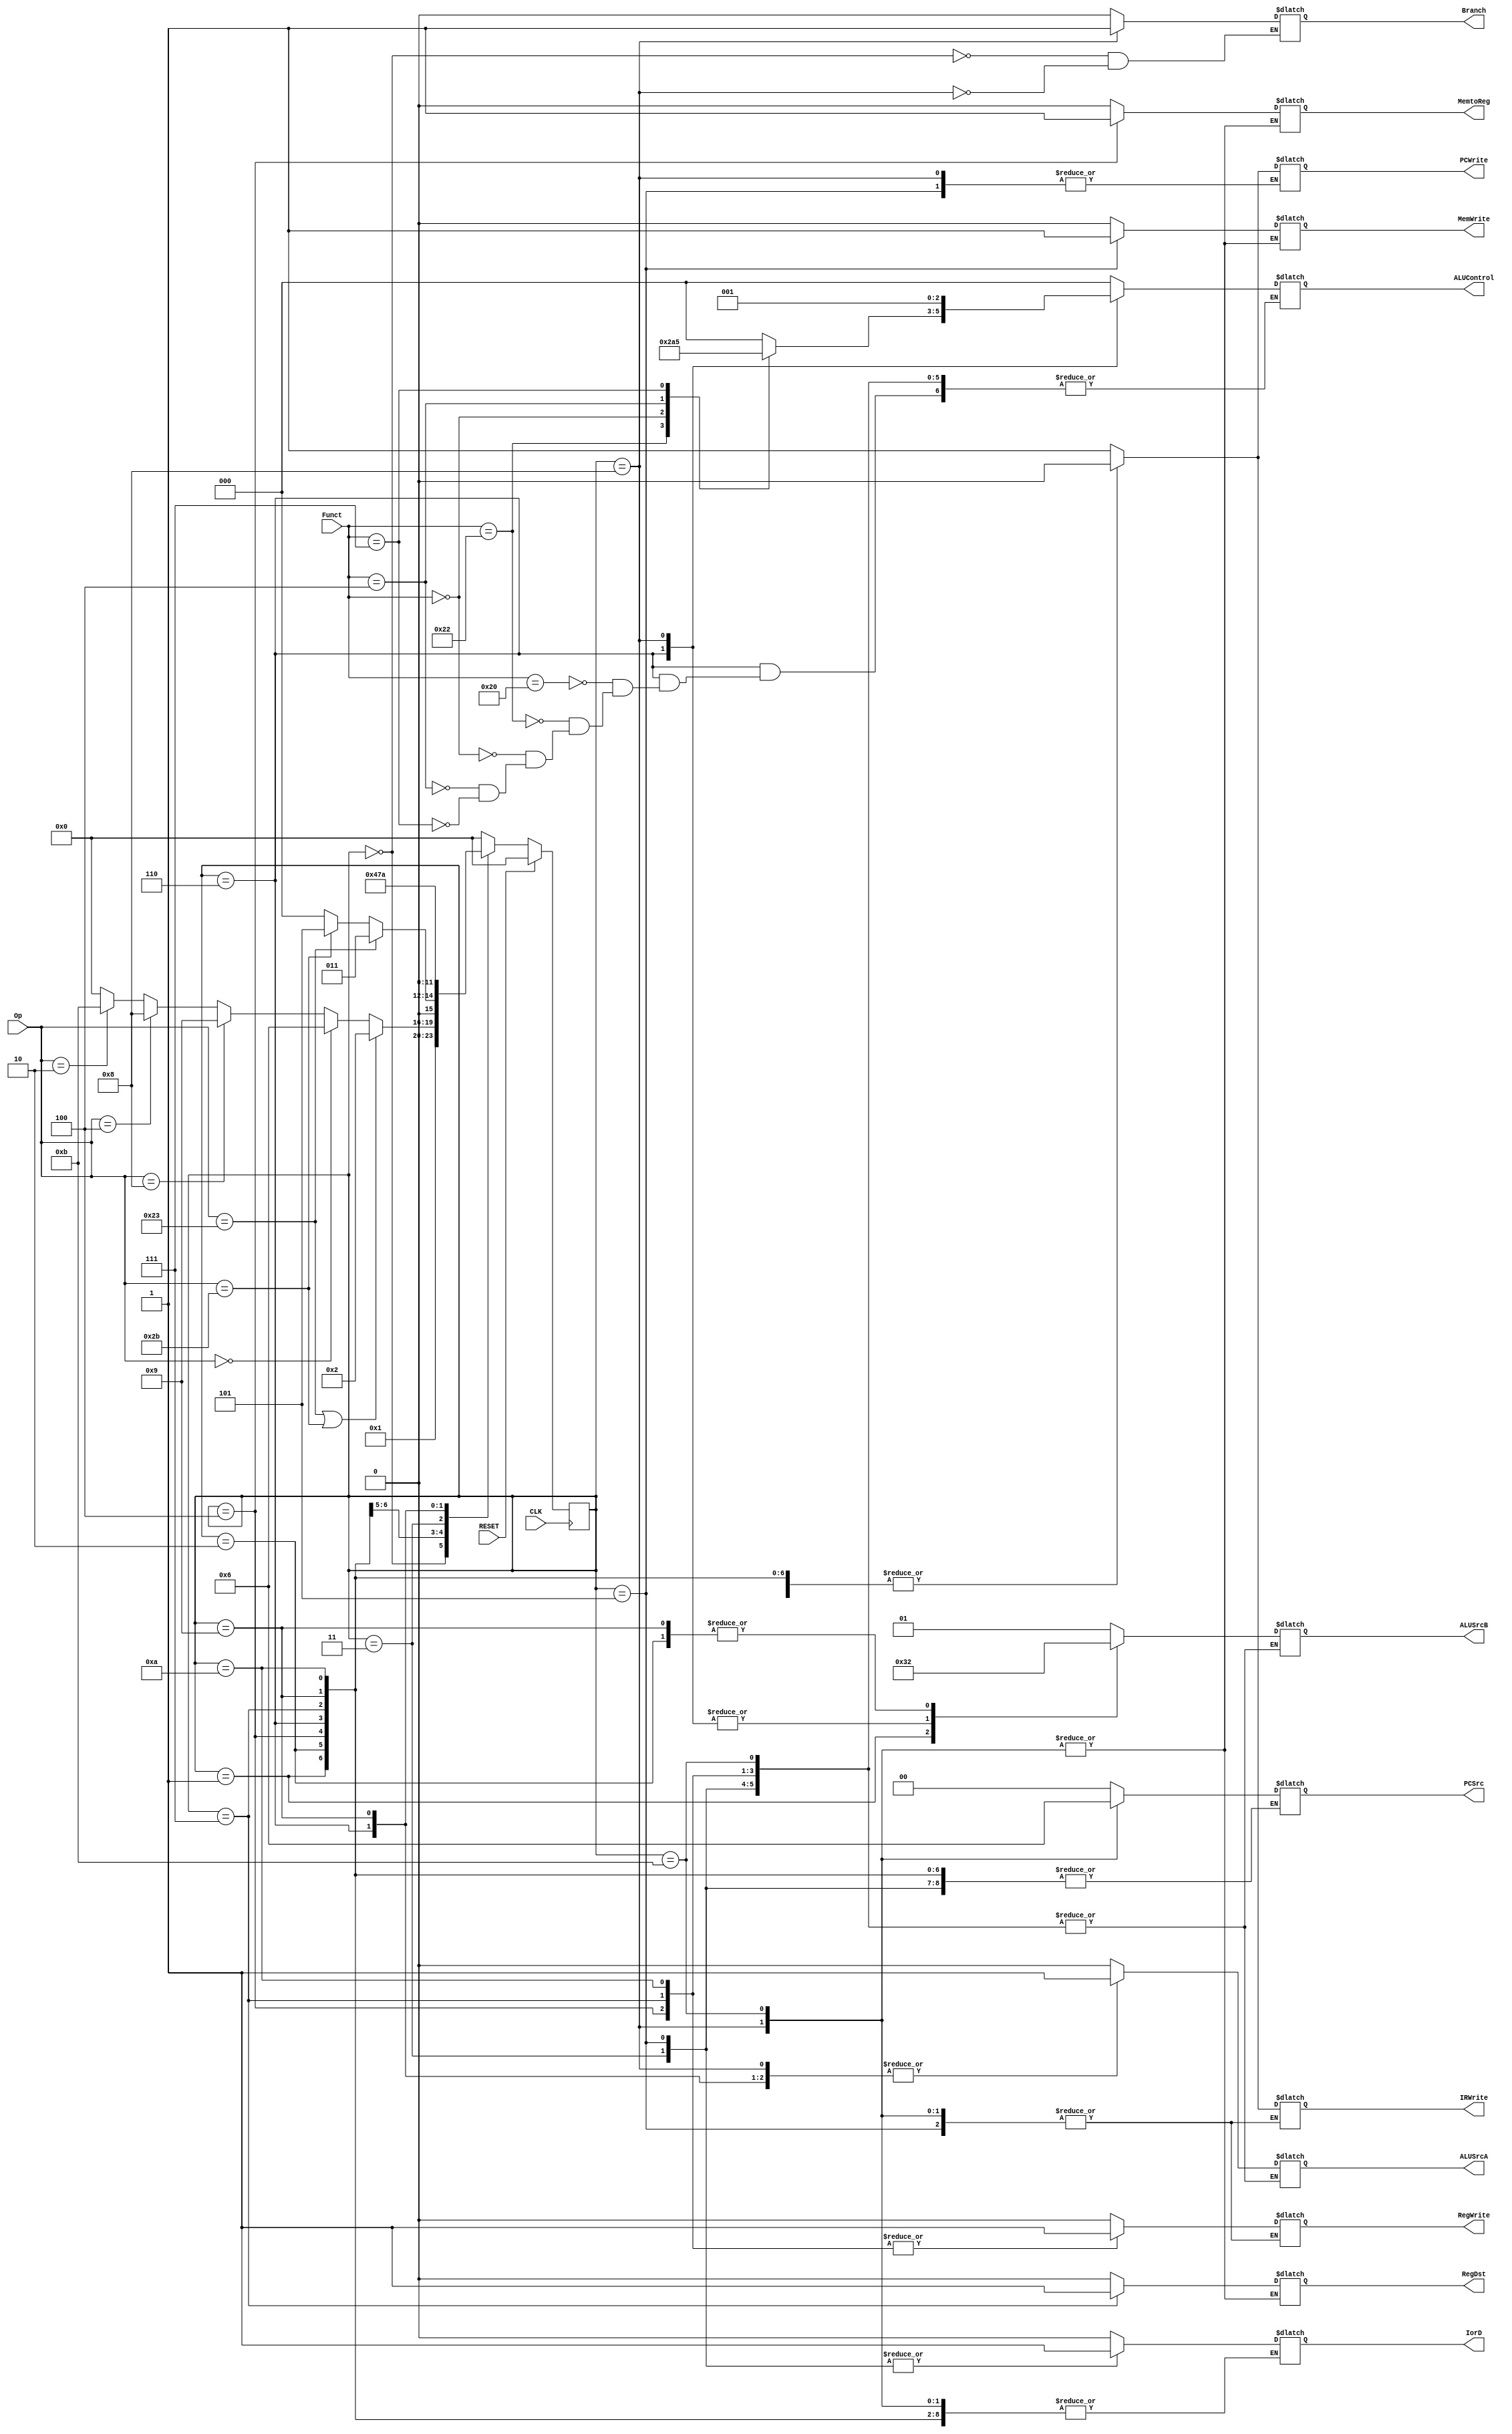
module control_unit
(
    input CLK, RESET,
    input [5 : 0] Op,
    input [5 : 0] Funct,
    output reg MemtoReg,
    output reg RegDst,
    output reg IorD,
    output reg [1 : 0] PCSrc,
    output reg [1 : 0] ALUSrcB,
    output reg ALUSrcA,
    output reg IRWrite,
    output reg MemWrite,
    output reg PCWrite,
    output reg Branch,
    output reg RegWrite,
    output reg [2 : 0] ALUControl
);
    localparam s0_fetch = 4'b0000, s1_decode = 4'b0001, s2_memadr = 4'b0010,
                 s3_memread = 4'b0011, s4_memwriteback = 4'b0100, s5_memwrite = 4'b0101,
                  s6_execute = 4'b0110,   s7_aluwriteback = 4'b0111, s8_branch = 4'b1000,
                    s9_addiexecute = 4'b1001, s10_addiwriteback = 4'b1010, s11_jump = 4'b1011;
    
    reg [3 : 0] current_state, next_state;
    
    initial current_state = s0_fetch;
    
//    state register with sync. reset
    always @ (posedge CLK)
    begin
        if(RESET) current_state <= s0_fetch;
        else current_state <= next_state;
    end
    
    
//    next state logic
//    use blocking assignments
    always @ (current_state or Op)
    begin
        case(current_state)
            s0_fetch:   // S0 fetch
            begin
                next_state = s1_decode;
            end
            s1_decode:  // s1 decode
            begin
                if(Op == 6'b100011 || Op == 6'b101011) next_state = s2_memadr;
                else if(Op == 6'b000000) next_state = s6_execute;
                else if(Op == 6'b001000) next_state = s9_addiexecute;
                else if(Op == 6'b000100) next_state = s8_branch;
                else if(Op == 6'b000010) next_state = s11_jump;
                else next_state = s0_fetch;
            end
            s2_memadr: // S2 
            begin
                if(Op == 6'b100011 ) next_state = s3_memread;
                else if(Op == 6'b101011 ) next_state = s5_memwrite;
                else next_state = s0_fetch;
            end
            s3_memread: // S3
            begin
                next_state = s4_memwriteback;
            end
            s4_memwriteback: // S4
            begin
                next_state = s0_fetch;
            end
            s5_memwrite: // S5
            begin
                next_state = s0_fetch;
            end
            s6_execute: // S6
            begin
                next_state = s7_aluwriteback;
            end
            s7_aluwriteback: // S7
            begin
                next_state = s0_fetch;
            end
            s8_branch:      // S8
            begin
                next_state = s0_fetch;
            end
            s9_addiexecute: // s9
            begin
                next_state = s10_addiwriteback;
            end
            s10_addiwriteback: // s10
            begin
                next_state = s0_fetch;
            end
            s11_jump: // s11
            begin
                next_state = s0_fetch;
            end
            default next_state = s0_fetch;
        endcase
    end
    
    
//    output combinational logic
//    use blocking assignments
    always @ (current_state)
    begin
        case(current_state)
            s0_fetch:
            begin
                MemtoReg = 0;
                RegDst = 0;
                IorD = 0;
                ALUSrcA = 0;
                ALUSrcB = 2'b01;
                ALUControl = 3'b000;
                PCSrc = 2'b00;
                IRWrite = 1;
                PCWrite = 1;
                RegWrite = 0;
                MemWrite = 0;
                Branch = 0;
            end
            s1_decode:
            begin
                ALUSrcA = 0;
                ALUSrcB = 2'b11;
                ALUControl = 3'b000;
                MemtoReg = 0;
                RegDst = 0;
                IRWrite = 0;
                PCWrite = 0;
                RegWrite = 0;
                MemWrite = 0;
            end
            
            s2_memadr:
            begin
                MemtoReg = 0;
                RegDst = 0;
                ALUSrcA = 1;
                ALUControl = 3'b000;
                ALUSrcB = 2'b10;
                IRWrite = 0;
                PCWrite = 0;
                RegWrite = 0;
                MemWrite = 0;
            end
            s3_memread:
            begin
                MemtoReg = 0;
                RegDst = 0;
                IorD = 1;
                IRWrite = 0;
                PCWrite = 0;
                RegWrite = 0;
                MemWrite = 0;
            end
            s4_memwriteback:
            begin
                RegDst = 0;
                MemtoReg = 1;
                RegWrite = 1;
                IRWrite = 0;
                PCWrite = 0;
                MemWrite = 0;
            end
            s5_memwrite:
            begin
                MemtoReg = 0;
                RegDst = 0;
                IorD = 1;
                MemWrite = 1;
            end
            s6_execute:
            begin
                MemtoReg = 0;
                RegDst = 0;
                ALUSrcA = 1;
                case(Funct)
                    32: ALUControl = 3'b000;
                    34: ALUControl = 3'b001;
                    0:
                    begin
                        top.shamt = top.inst_reg.shamt;
                        ALUControl = 3'b010;
                    end
                    4: ALUControl = 3'b100;
                    7: ALUControl = 3'b101;
                endcase
                ALUSrcB = 2'b00;
                IRWrite = 0;
                PCWrite = 0;
                RegWrite = 0;
                MemWrite = 0;
            end
            s7_aluwriteback:
            begin
                MemtoReg = 0;
                RegDst = 1;
                IRWrite = 0;
                PCWrite = 0;
                RegWrite = 1;
                MemWrite = 0;
            end
            s8_branch:
            begin
                ALUSrcA = 1;
                ALUSrcB = 2'b00;
                ALUControl = 3'b001;
                PCSrc = 2'b01;
                Branch = 1;
            end
            s9_addiexecute:
            begin
                
                MemtoReg = 0;
                RegDst = 0;
                ALUSrcA = 1;
                ALUControl = 3'b000;
                ALUSrcB = 2'b10;
                IRWrite = 0;
                PCWrite = 0;
                RegWrite = 0;
                MemWrite = 0;
            end
            s10_addiwriteback:
            begin
                
                MemtoReg = 0;
                RegDst = 0;
                IRWrite = 0;
                PCWrite = 0;
                RegWrite = 1;
                MemWrite = 0;
            end
            s11_jump: 
            begin
                
                PCSrc = 2'b10;
                PCWrite = 1;
            end
            default
            begin
                MemtoReg = 0;
                RegDst = 0;
                IorD = 0;
                ALUSrcA = 0;
                ALUSrcB = 2'b01;
                ALUControl = 3'b000;
                PCSrc = 2'b00;
                IRWrite = 1;
                PCWrite = 1;
                RegWrite = 0;
                MemWrite = 0;
            end
        endcase
    end
    
    
    
    
    
    
    
    
    
    
    
    
    
endmodule